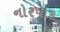
નોરપાક